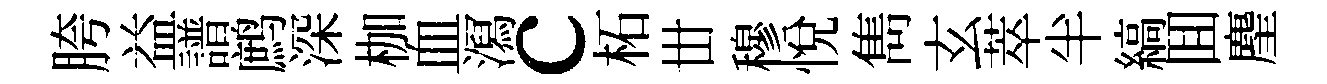
胯益譜鹧深枷血㵼c柘丗穆悦雋玄萃半縞囬麈